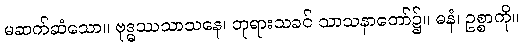
မဆက်ဆံသော။ ဗုဒ္ဓဿသာသနေ၊ ဘုရားသခင် သာသနာတော်၌။ ဓနံ၊ ဥစ္စာကို။